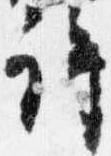
許